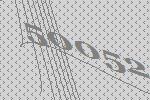
50052